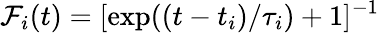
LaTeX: \mathcal{F}_{i}(t)=[\exp((t-t_{i})/\tau_{i})+1]^{-1}